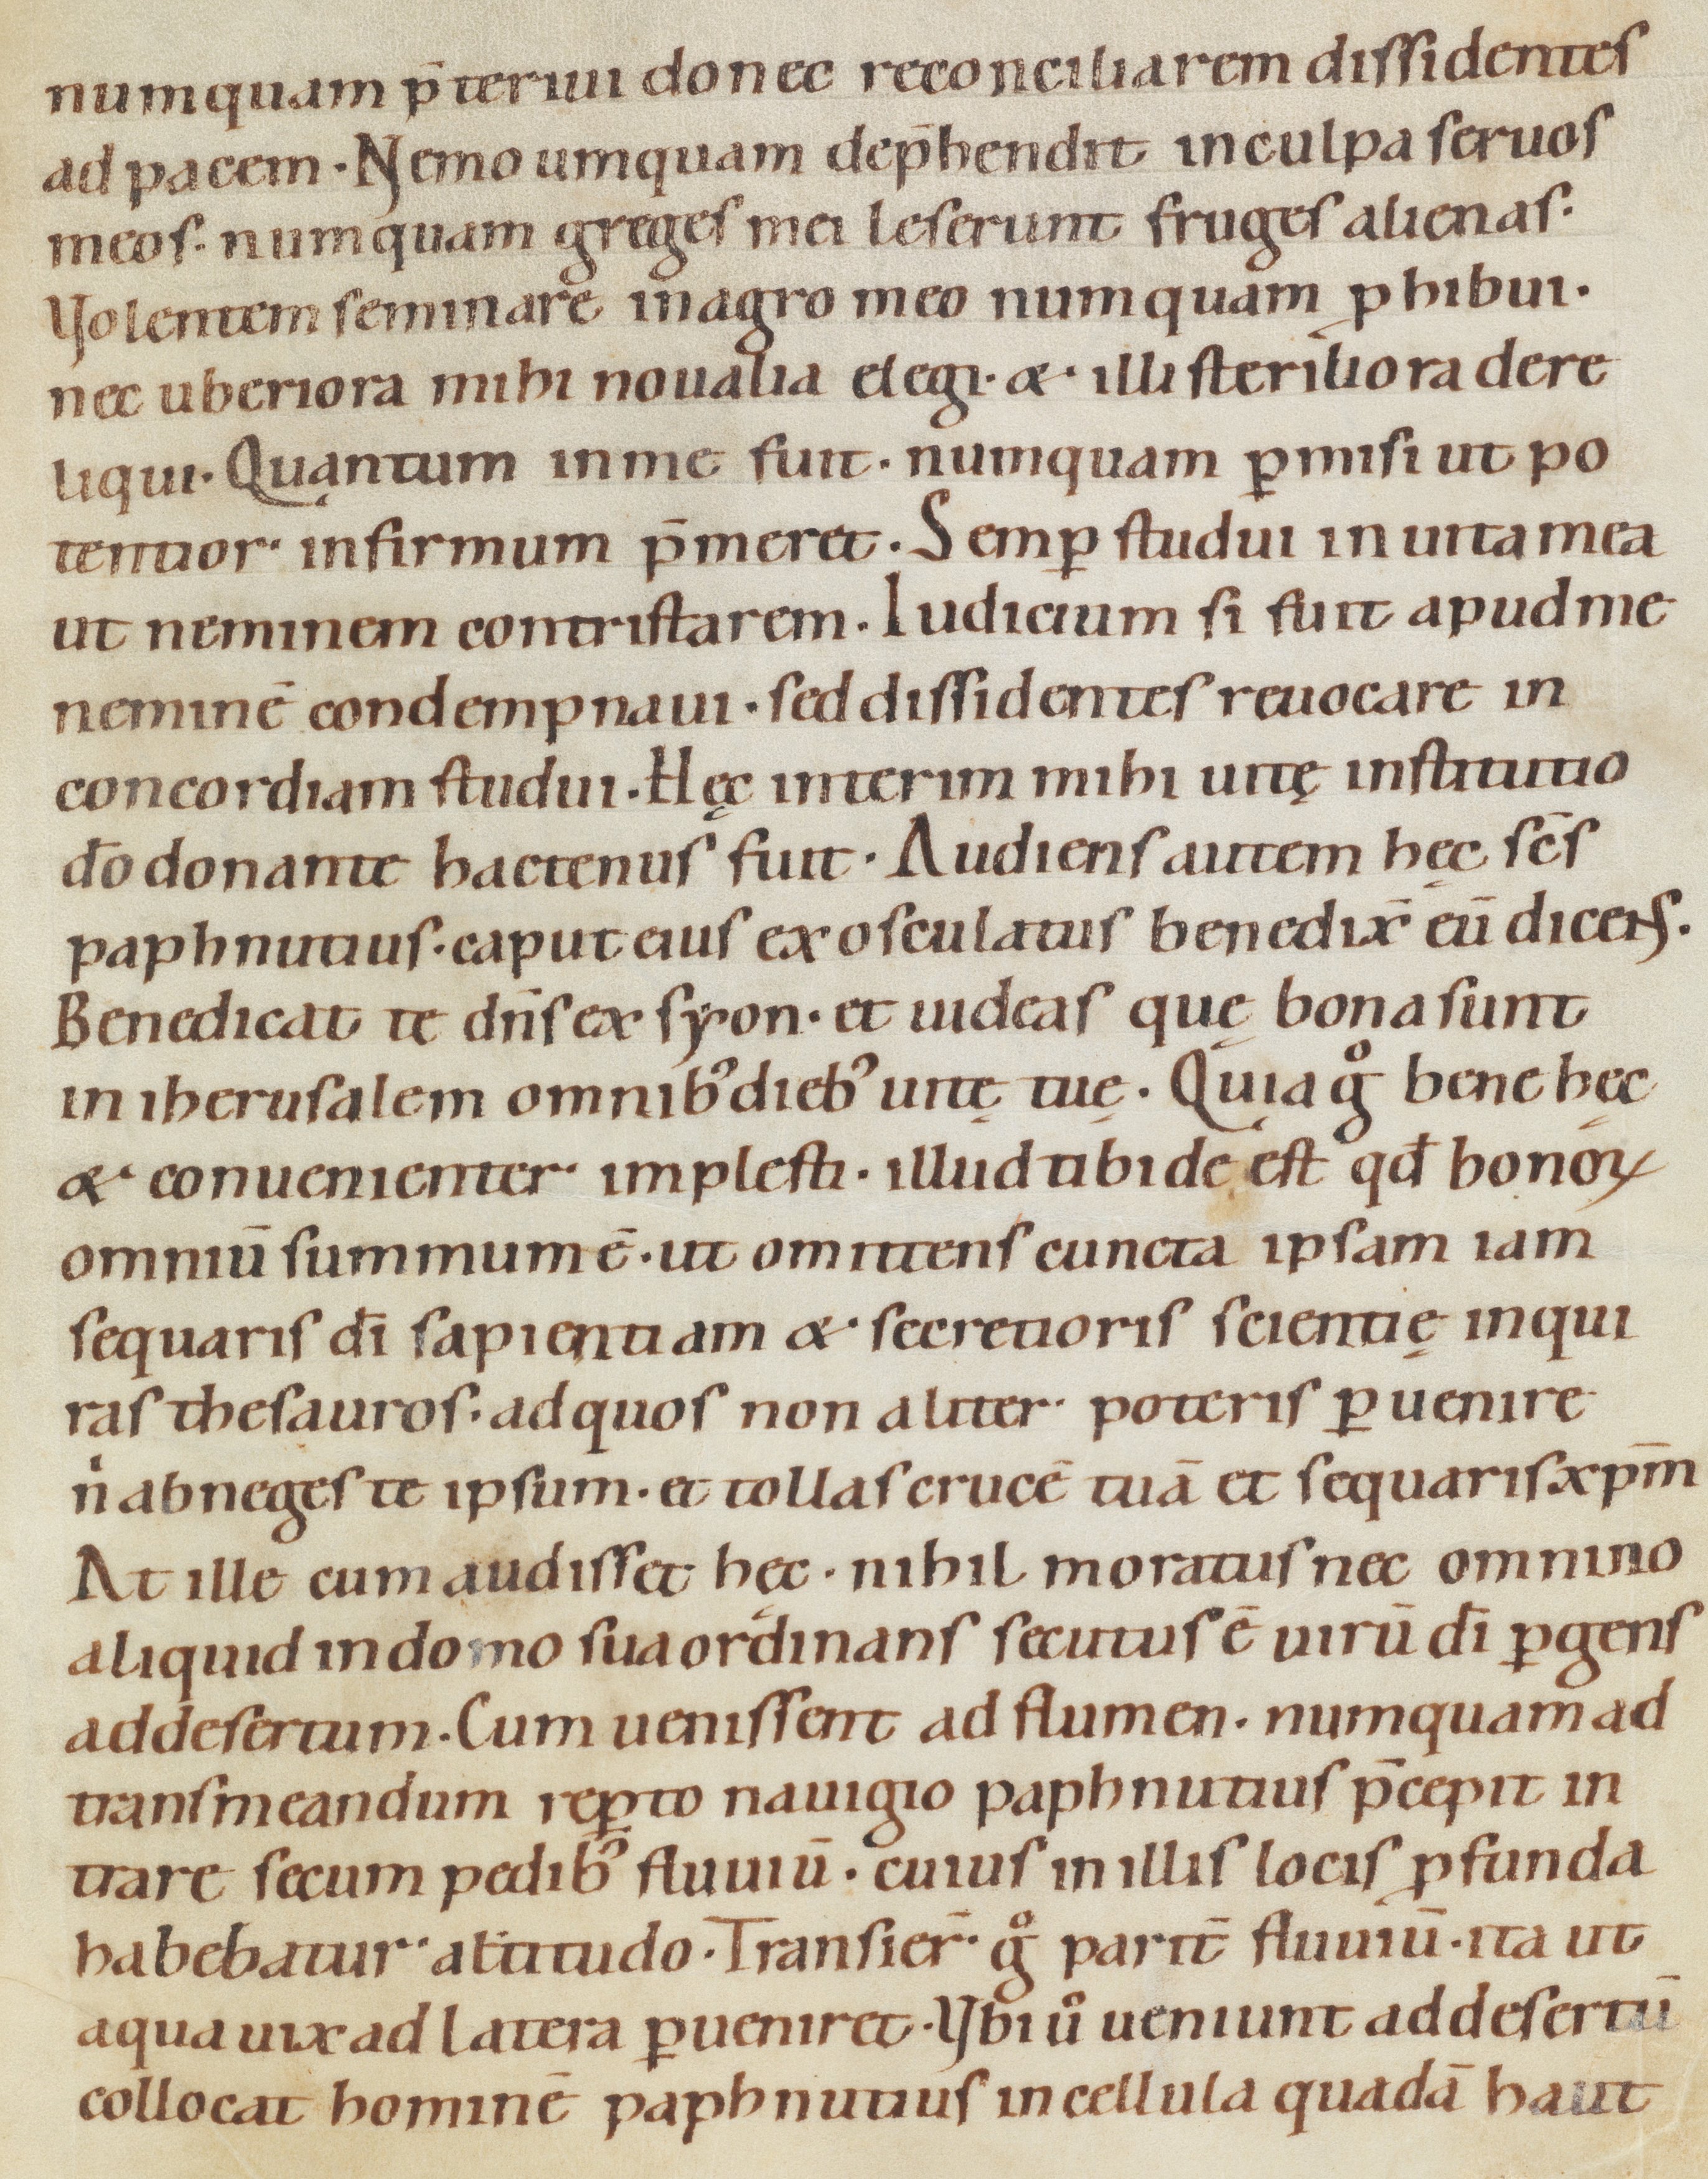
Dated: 1080–1096